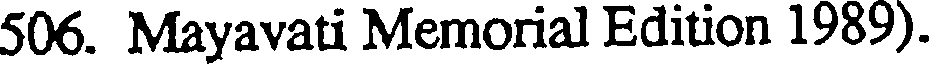
506. Mayavati Memorial Edition 1989).